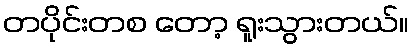
တပိုင်းတစ တော့ ရူးသွားတယ်။